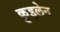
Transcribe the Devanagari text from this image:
कुइलेन